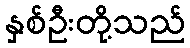
နှစ်ဦးတို့သည်